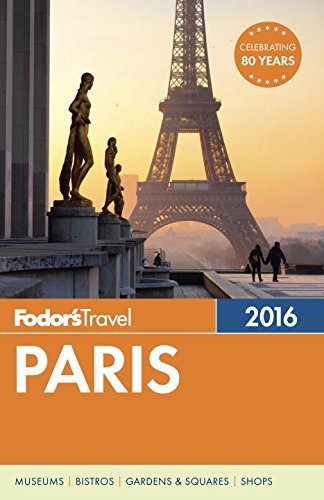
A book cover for Fodor's Paris 2016 (Full-color Travel Guide); Fodor's; Travel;